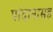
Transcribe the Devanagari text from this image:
पांदानासह